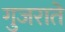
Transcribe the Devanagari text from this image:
गुजराते